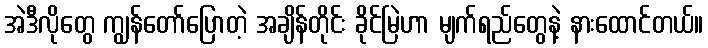
အဲဒီလိုတွေ ကျွန်တော်ပြောတဲ့ အချိန်တိုင်း ခိုင်မြဲဟာ မျက်ရည်တွေနဲ့ နားထောင်တယ်။